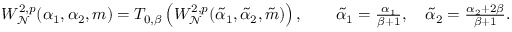
\begin{array} { r } { W _ { \mathcal { N } } ^ { 2 , p } ( \alpha _ { 1 } , \alpha _ { 2 } , m ) = T _ { 0 , \beta } \left( W _ { \mathcal { N } } ^ { 2 , p } ( \tilde { \alpha } _ { 1 } , \tilde { \alpha } _ { 2 } , \tilde { m } ) \right) , \qquad \tilde { \alpha } _ { 1 } = \frac { \alpha _ { 1 } } { \beta + 1 } , \quad \tilde { \alpha } _ { 2 } = \frac { \alpha _ { 2 } + 2 \beta } { \beta + 1 } . } \end{array}